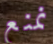
نمنع